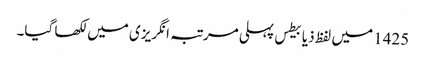
1425 میں‌ لفظ ذیابیطس پہلی مرتبہ انگریزی میں‌ لکھا گیا۔